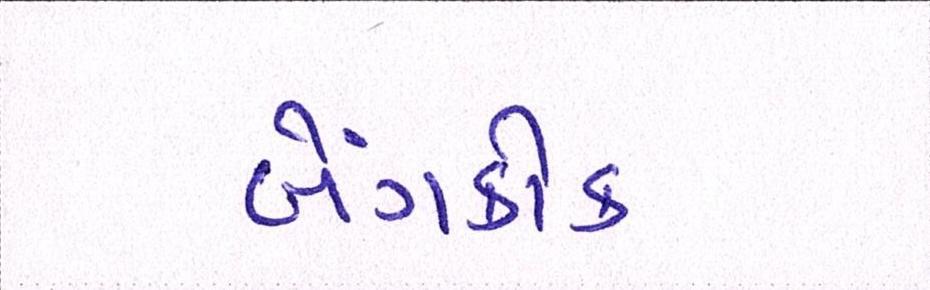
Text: બેંગકોક